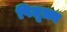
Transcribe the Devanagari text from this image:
पितृत्त्व